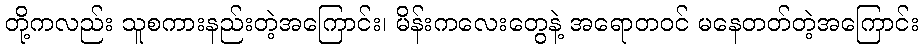
တို့ကလည်း သူစကားနည်းတဲ့အကြောင်း၊ မိန်းကလေးတွေနဲ့ အရောတဝင် မနေတတ်တဲ့အကြောင်း